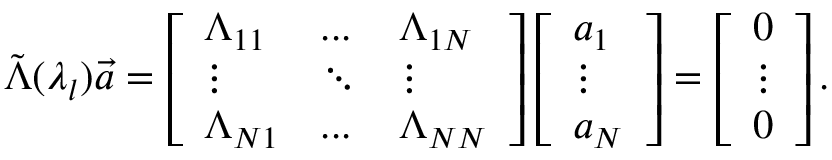
{ \tilde { \Lambda } } ( \lambda _ { l } ) { \vec { a } } = \left[ \begin{array} { l l l } { \Lambda _ { 1 1 } } & { . . . } & { \Lambda _ { 1 N } } \\ { \vdots } & { \ddots } & { \vdots } \\ { \Lambda _ { N 1 } } & { . . . } & { \Lambda _ { N N } } \end{array} \right] \left[ \begin{array} { l } { a _ { 1 } } \\ { \vdots } \\ { a _ { N } } \end{array} \right] = \left[ \begin{array} { l } { 0 } \\ { \vdots } \\ { 0 } \end{array} \right] .